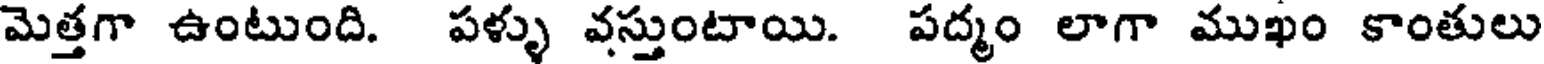
మెత్తగా ఉంటుంది. పళ్ళు వస్తుంటాయి. పద్మం లాగా ముఖం కాంతులు